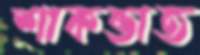
শাকভাত